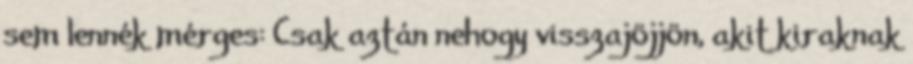
sem lennék mérges: Csak aztán nehogy visszajöjjön, akit kiraknak